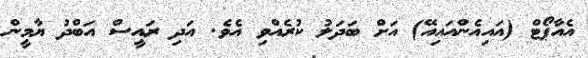
އެއާޕޯޓް (އައިއެންއައިއޭ) އަށް ބަދަލު ކުރެއްވި އެވެ. އަދި ރައީސް އަބްދު ޔާމީން